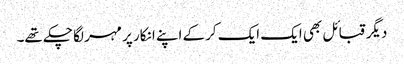
دیگر قبائل بھی ایک ایک کرکے اپنے انکار پر مہر لگا چکے تھے۔